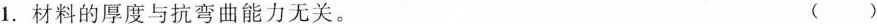
1.材料的厚度与抗弯曲能力无关。（）